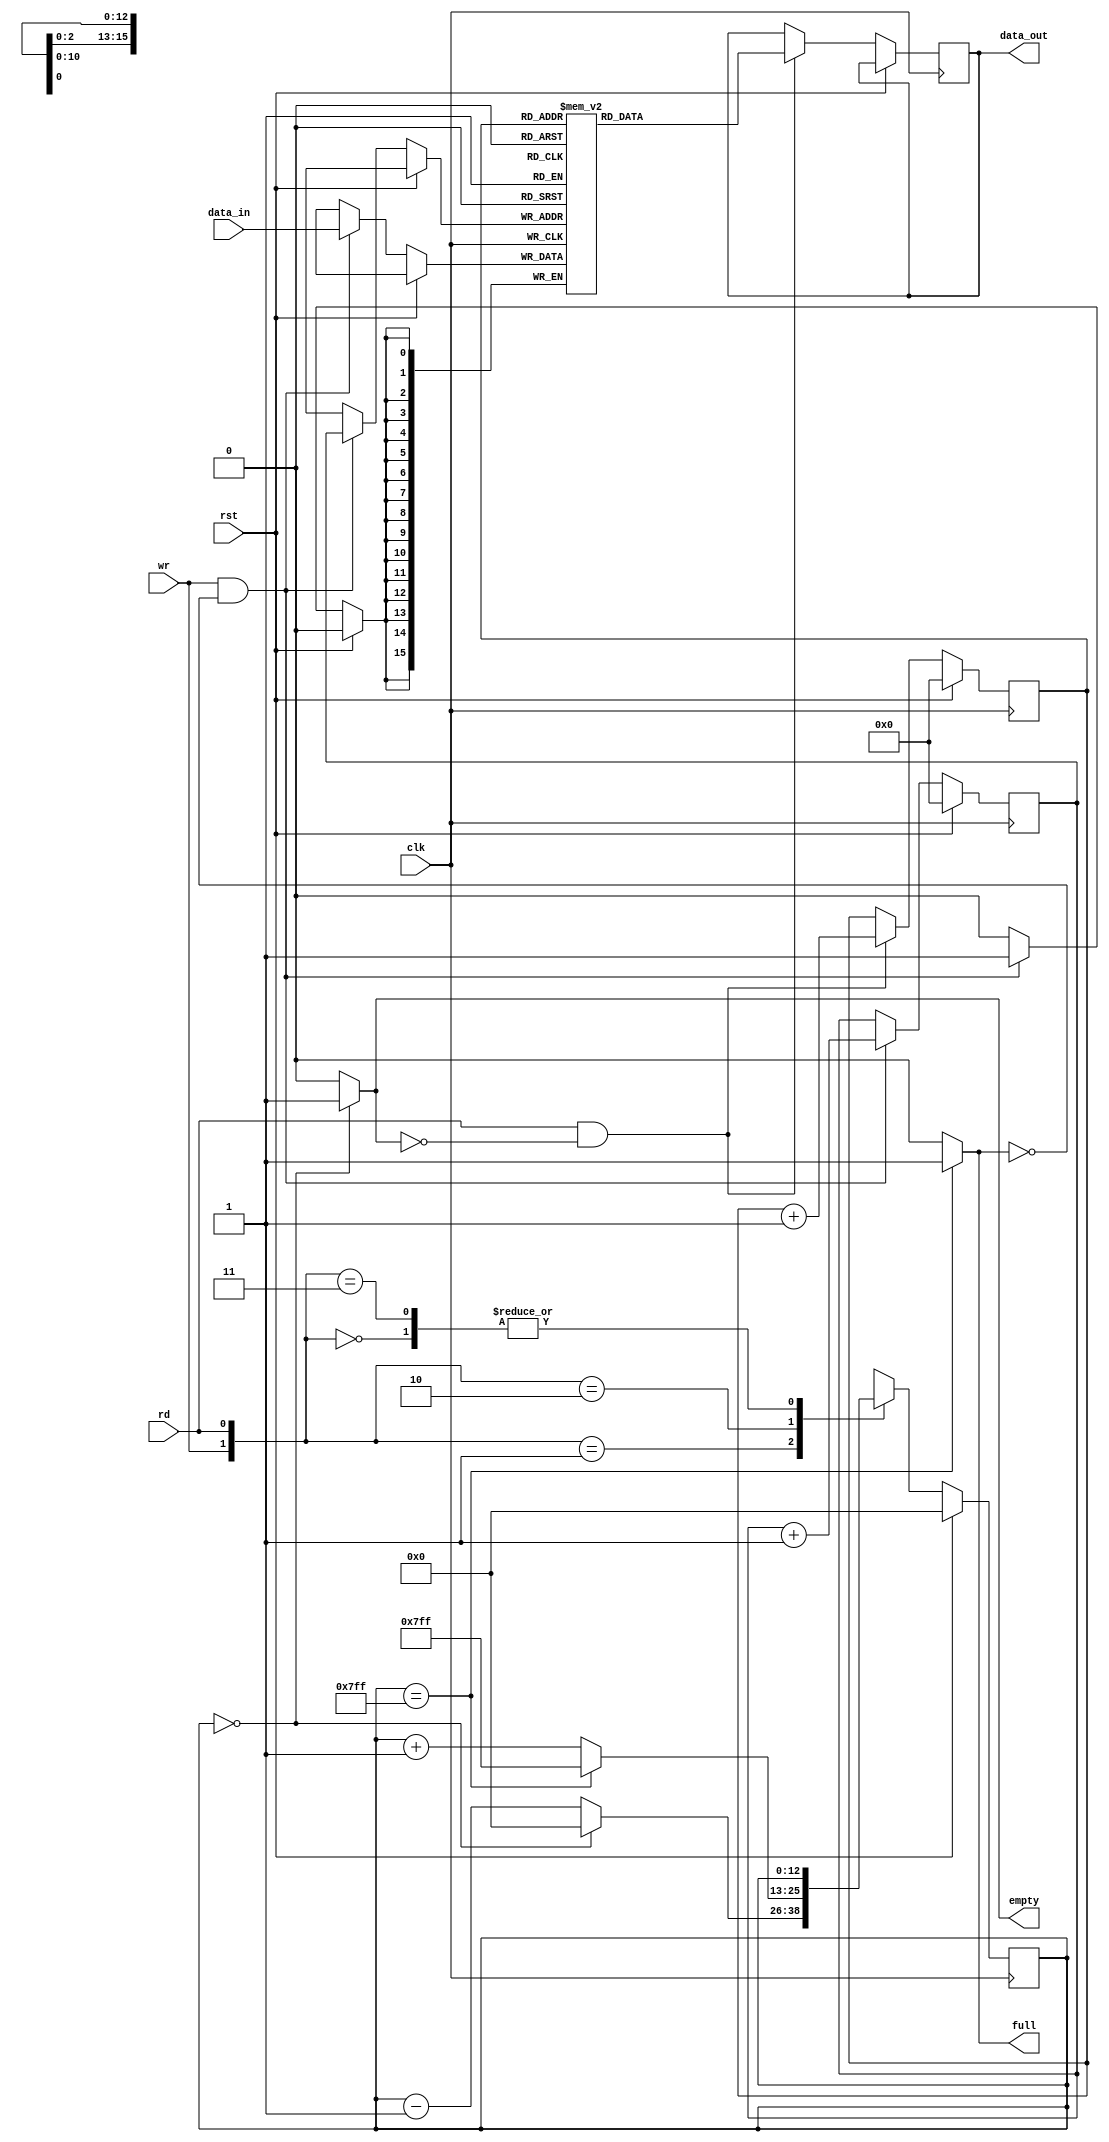
`timescale 1ns / 1ps
//////////////////////////////////////////////////////////////////////////////////
// Company: 
// Engineer: 
// 
// Design Name: 
// Module Name: fifo_2048
// Project Name: 
// Target Devices: 
// Tool Versions: 
// Description: 
// 
// Dependencies: 
// 
// Revision:
// Revision 0.01 - File Created
// Additional Comments:
// 
//////////////////////////////////////////////////////////////////////////////////


module fifo_2048#(
parameter DataWidth = 16,
    parameter Depth = 2048,
    parameter PtrWidth = $clog2(Depth),
    parameter MAX_VALUE = (2**PtrWidth) - 1
)(
    input [DataWidth-1:0] data_in,
    input clk, rst, 
    input rd, wr,
    output empty,
    output full,
    
    
    output reg [DataWidth-1:0] data_out
);
 reg [PtrWidth+1:0] fifo_cnt;
    reg [PtrWidth-1:0] rd_ptr;
    reg [PtrWidth-1:0] wr_ptr;
    reg [DataWidth-1:0] fifo [0:Depth-1];

    always @(negedge clk) begin
        if (rst) begin
            wr_ptr <= 0;
            rd_ptr <= 0;
        end else begin
            // Write operation
            if (wr && ~full) begin
                fifo[wr_ptr] <= data_in;
                wr_ptr <= wr_ptr + 1;
            end
            // Read operation
            if (rd && ~empty) begin
                data_out <= fifo[rd_ptr];
                rd_ptr <= rd_ptr + 1;
            end
        end
    end

    // Counter
    always @(negedge clk) begin
        if (rst) begin
            fifo_cnt <= 0;
        end else begin
            case ({wr, rd})
                2'b00: fifo_cnt <= fifo_cnt;
                2'b01: fifo_cnt <= (fifo_cnt == 0) ? 0 : fifo_cnt - 1;
                2'b10: fifo_cnt <= (fifo_cnt == MAX_VALUE) ? MAX_VALUE : fifo_cnt + 1;
                2'b11: fifo_cnt <= fifo_cnt;
                default: fifo_cnt <= fifo_cnt;
            endcase
        end
    end

    assign empty = (fifo_cnt == 0) ? 1 : 0;
    assign full = (fifo_cnt == MAX_VALUE) ? 1 : 0;

endmodule